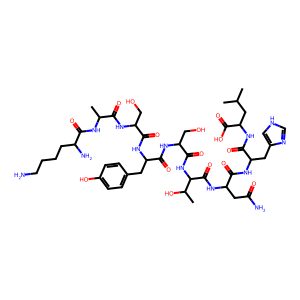
SMILES: CC(C)CC(NC(=O)C(Cc1c[nH]cn1)NC(=O)C(CC(N)=O)NC(=O)C(NC(=O)C(CO)NC(=O)C(Cc1ccc(O)cc1)NC(=O)C(CO)NC(=O)C(C)NC(=O)C(N)CCCCN)C(C)O)C(=O)O
Inhibits HIV replication: No